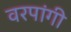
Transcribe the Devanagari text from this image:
वरपांगी